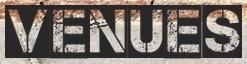
VENUES